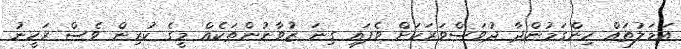
އަމަލުތައް ހިންގަމުންދާ ދުވަސްވަރަކަށް ވެފައި ގިނަ ޒުވާނުންތަކެއް މީގެ ކުރިން ވެސް ރަހީނު